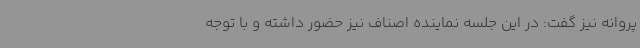
پروانه نیز گفت: در این جلسه نماینده اصناف نیز حضور داشته و با توجه